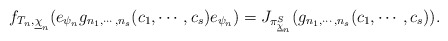
\begin{align*} f_{T_n, \underline{\chi}_n}(e_{\psi_n}g_{n_1,\cdots, n_s}(c_1,\cdots,c_s)e_{\psi_n})=J_{\pi_{\underline{\chi}_n}^{S}}(g_{n_1,\cdots, n_s}(c_1,\cdots,c_s)).\end{align*}